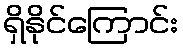
ရှိနိုင်ကြောင်း